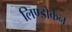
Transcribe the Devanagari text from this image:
लिण्डोकैन